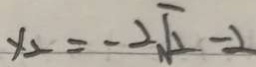
x _ { 2 } = - 2 \sqrt { 2 } - 2